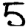
Digit: 5